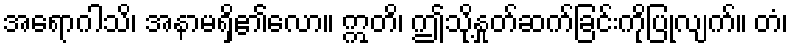
အရောဂါသိ၊ အနာမရှိ၏လော။ ဣတိ၊ ဤသို့နှုတ်ဆက်ခြင်းကိုပြုလျက်။ တံ၊